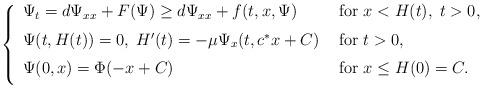
LaTeX: \begin{align*}\left\{\begin{array}{ll}\medskip\Psi_t=d\Psi_{xx}+F(\Psi)\geq d\Psi_{xx}+f(t,x,\Psi) &\mbox{ for } x<H(t), \; t>0,\\\medskip\Psi(t,H(t))=0,\; H'(t)=-\mu \Psi_x(t, c^*x+C)& \mbox{ for } t>0,\\\medskip\Psi(0,x)=\Phi(-x+C) & \mbox{ for } x\leq H(0)=C.\end{array}\right.\end{align*}